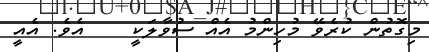
މިގޮތުން ކުރެވޭ މުހިންމު އެއް ސުވާލަކީ    އެވެ. އެއީ